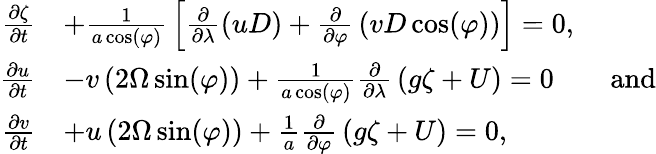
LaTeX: {\begin{array}{rl}{{\frac{\partial\zeta}{\partial t}}}&{+{\frac{1}{a\cos(\varphi)}}\left[{\frac{\partial}{\partial\lambda}}(uD)+{\frac{\partial}{\partial\varphi}}\left(vD\cos(\varphi)\right)\right]=0,}\\ {{\frac{\partial u}{\partial t}}}&{-v\left(2\Omega\sin(\varphi)\right)+{\frac{1}{a\cos(\varphi)}}{\frac{\partial}{\partial\lambda}}\left(g\zeta+U\right)=0\qquad{\mathrm{and}}}\\ {{\frac{\partial v}{\partial t}}}&{+u\left(2\Omega\sin(\varphi)\right)+{\frac{1}{a}}{\frac{\partial}{\partial\varphi}}\left(g\zeta+U\right)=0,}\end{array}}